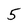
Character: 5